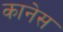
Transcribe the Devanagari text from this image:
कानेस